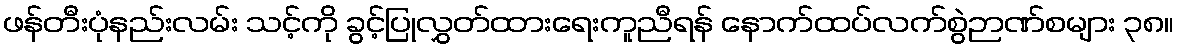
ဖန်တီးပုံနည်းလမ်း သင့်ကို ခွင့်ပြုလွှတ်ထားရေးကူညီရန် နောက်ထပ်လက်စွဲဉာဏ်စများ ၃၈။